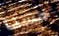
حسنا